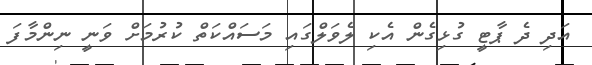
އަދި ދެ ޕާޓީ ގުޅިގެން އެކި ލެވަލްގައި މަސައްކަތް ކުރުމަށް ވަނީ ނިންމާފަ